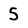
Character: 5